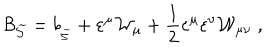
LaTeX: { \cal B } _ { \widetilde { { \cal S } } } = b _ { _ { \widetilde { { \cal S } } } } + \varepsilon ^ { \mu } { \cal W } _ { \mu } + \frac 1 2 \varepsilon ^ { \mu } \varepsilon ^ { \nu } { \cal W } _ { \mu \nu } \; ,